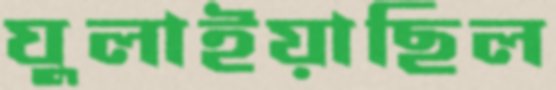
ঘুলাইয়াছিল